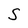
Character: S